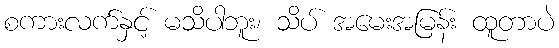
စကားလက်နှင့် မသိပါဘူး၊ သိပ် အမေးအမြန်း ထူတာပဲ